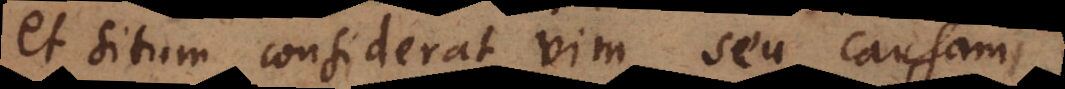
et situm considerat vim seu causam